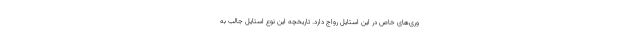
وری‌های خاص در این استایل رواج دارد. تاریخچه این نوع استایل جالب به